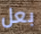
بعل